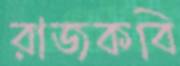
রাজকবি